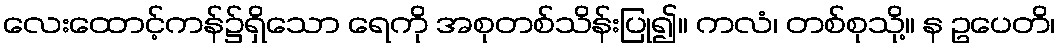
လေးထောင့်ကန်၌ရှိသော ရေကို အစုတစ်သိန်းပြု၍။ ကလံ၊ တစ်စုသို့။ န ဥပေတိ၊